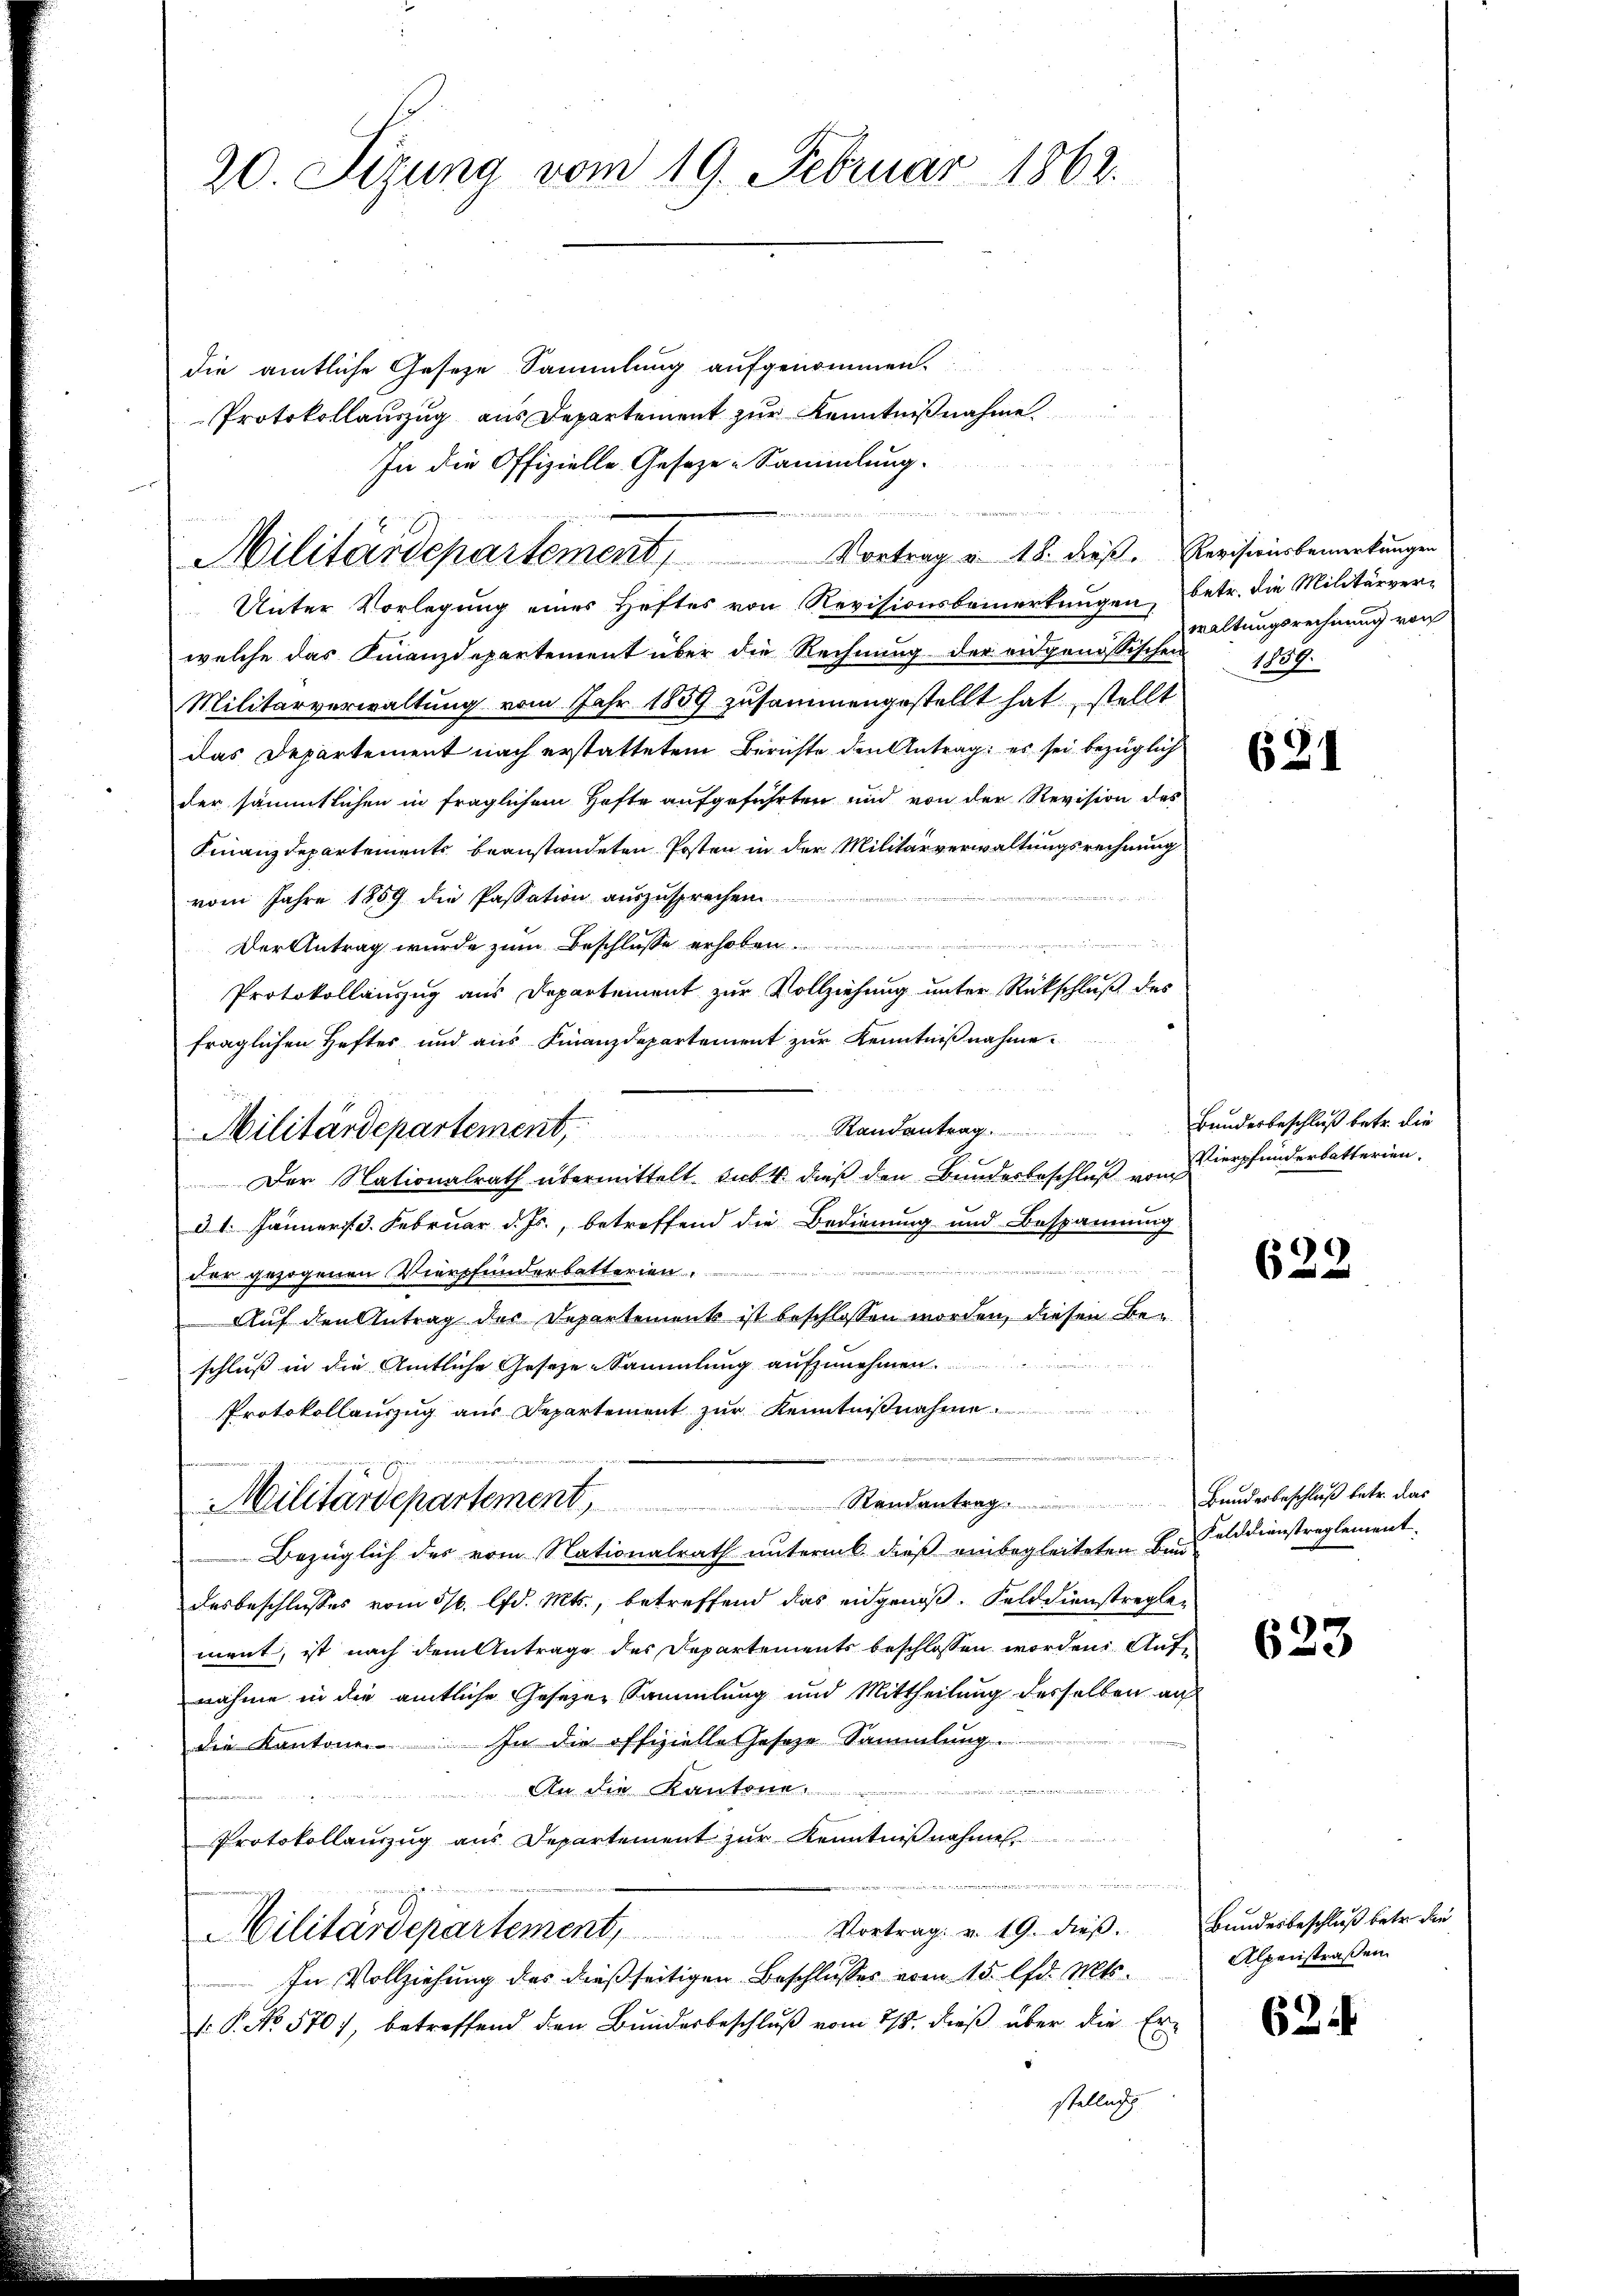
20. Sizung vom 19. Februar 1862.

die amtliche Geseze Sammlung aufgenommen.
Protokollauszug aus Departement zur Kenntnißnahme.
In die Offizielle Geseze-Sammlung.
Unter Vorlegung eines Heftes von Revisionsbemerkungen, betr. die Militärverwelche das Finanzdepartement über die Rechnung der eidgenössischen 1859.
Militärverwaltung vom Jahr 1859 zusammengestellt hat, stellt
das Departement nach erstattetem Berichte den Antrag: es sei bezüglich
der sämmtlichen in fraglichem Hafte aufgeführten und von der Revision des
Finanzdepartements beanstandeten Posten in der Militärverwaltungsrechnung
vom Jahre 1859 die Passation auszusprechen
Der Antrag wurde zum Beschlusse erhoben.
Protokollanzug aus Departement zur Vollziehung unter Rückschluß des
fraglichen Heftes und aus Finanzdepartement zur Kenntnißnahme.
Der Nationalrath übermittelt dass dieß den Bunderbeschluß von
§ 1. Jänner 3. Februar d. Js., betreffend die Bedienung und Bespannung
r
uer gezogenen Viershunderbatterien
Auf den Antrag der Departement ist beschlossen worden, diesen Beschluß in die Amtliche Geseze-Sammlung aufzunehmen.
Protokollauszug aus Departement zur Kenntnißnahme
E
Stand antrag
Militärdepartement,
Bezüglich des vom Nationalrath untermb dieß einbegleiteten Besolddienstreglement
desbeschlusses vom 5/6. lfd. Mts., betreffend das eidgenoß. Felddienstregle-
ment, ist nach dem Antrage des Departements beschlossen worden Aufnahme in die amtliche Gesezen Sammlung und Mittheilung desselben auf
die Kantone. In die offizielle Geseze Sammlung
a
 An die Kantone
Protokollauszug aus Departement zur Kenntnißnahme
 vernen
ge
Militärdepartement, Vortrag. v. 19. dieβ.
In Vollziehung des dießseitigen Beschlußes vom 15. lfd. Mts.
V. P. No 570), betreffend den Bunderbeschluß vom 28. dieß über die Erstellung

Militärdepartement, Vortrag v. 18. dieß. Erweiseis bemerkungen

Militärdepartement Randantrag.

waltungsrechnung von

Bundesbeschluß betr. die
Vierpfunderbatterien.

621

622

Bundesbeschluß betr. das

623

Bundesbeschluß betr. die
Alpenstraßen.

62